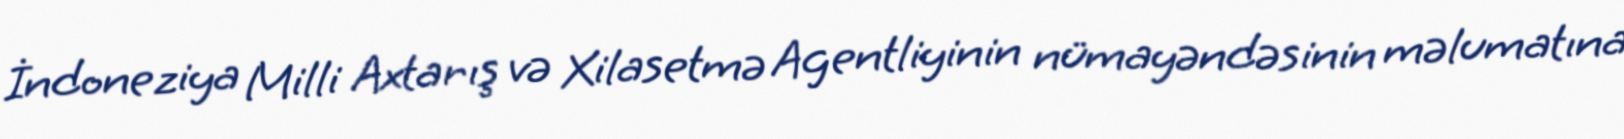
İndoneziya Milli Axtarış və Xilasetmə Agentliyinin nümayəndəsinin məlumatına